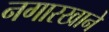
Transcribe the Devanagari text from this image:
नगारखाने